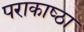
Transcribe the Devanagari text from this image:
पराकाष्‍ठा